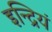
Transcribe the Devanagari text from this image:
इन्द्रियं